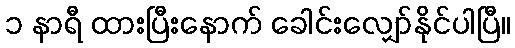
၁ နာရီ ထားပြီးနောက် ခေါင်းလျှော်နိုင်ပါပြီ။